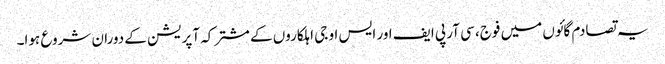
یہ تصادم گائوں میں فوج، سی آر پی ایف اور ایس او جی اہلکاروں کے مشترکہ آپریشن کے دوران شروع ہوا۔